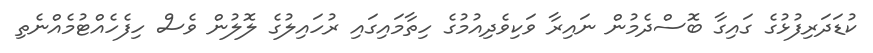
ކުޑަދަރިފުޅުގެ ގައިގާ ބޮސްދެމުން ނައިރާ ވަކިވެދިއުމުގެ ހިތާމައިގައި ރުހައިލުގެ ލޮލުން ވެސް ހިފެހެއްޓުމެއްނެތި